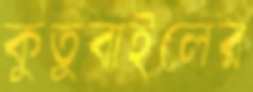
কুতুবাইলের